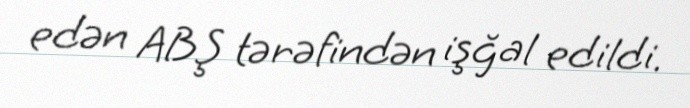
edən ABŞ tərəfindən işğal edildi.